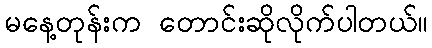
မနေ့တုန်းက တောင်းဆိုလိုက်ပါတယ်။